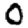
Digit: 0